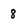
Character: 8